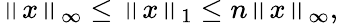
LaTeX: \left\| x\right\| _{\infty}\leq\left\| x\right\| _{1}\leq n\left\| x\right\| _{\infty},